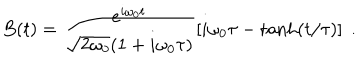
LaTeX: B ( t ) = \frac { { e } ^ { i \omega _ { 0 } t } } { \sqrt { 2 \omega _ { 0 } } ( 1 + i \omega _ { 0 } \tau ) } \left[ i \omega _ { 0 } \tau - \tanh ( t / \tau ) \right] \; .